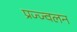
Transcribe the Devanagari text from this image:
प्रज्ज्वलन